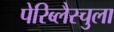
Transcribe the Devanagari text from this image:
पेरिब्लैस्चुला